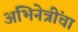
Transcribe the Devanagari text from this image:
अभिनेत्रींचा